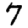
Digit: 7